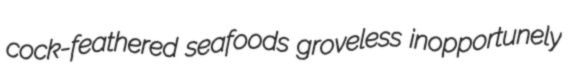
cock-feathered seafoods groveless inopportunely